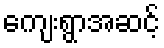
ကျေးရွာအဆင့်